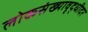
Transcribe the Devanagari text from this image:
लोकसंख्यावृद्धीदर